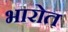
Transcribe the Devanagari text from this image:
भारोत